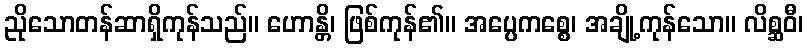
ညိုသောတန်ဆာရှိကုန်သည်။ ဟောန္တိ၊ ဖြစ်ကုန်၏။ အပ္ပေကစ္စေ၊ အချို့ကုန်သော။ လိစ္ဆဝီ၊